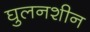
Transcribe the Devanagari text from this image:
घुलनशीन